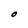
Character: O